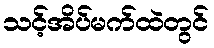
သင့်အိပ်မက်ထဲတွင်